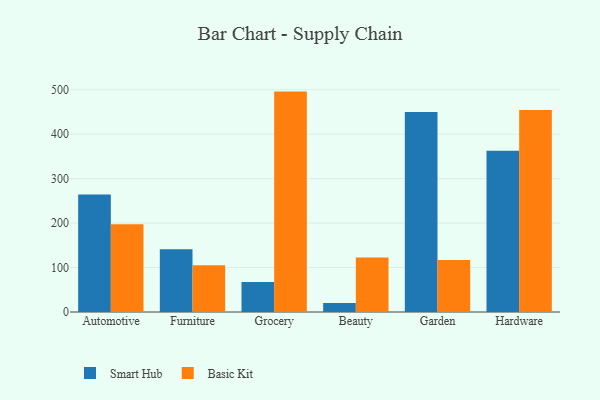
{"axis": {"x": "Category", "y": "Budget (USD K)"}, "legend": ["Basic Kit", "Smart Hub"], "data": [{"x": "Automotive", "y": 264.4, "type": "Smart Hub"}, {"x": "Automotive", "y": 197.6, "type": "Basic Kit"}, {"x": "Furniture", "y": 141.4, "type": "Smart Hub"}, {"x": "Furniture", "y": 105.3, "type": "Basic Kit"}, {"x": "Grocery", "y": 67.6, "type": "Smart Hub"}, {"x": "Grocery", "y": 495.8, "type": "Basic Kit"}, {"x": "Beauty", "y": 20.3, "type": "Smart Hub"}, {"x": "Beauty", "y": 122.6, "type": "Basic Kit"}, {"x": "Garden", "y": 449.7, "type": "Smart Hub"}, {"x": "Garden", "y": 117.0, "type": "Basic Kit"}, {"x": "Hardware", "y": 363.0, "type": "Smart Hub"}, {"x": "Hardware", "y": 454.6, "type": "Basic Kit"}]}